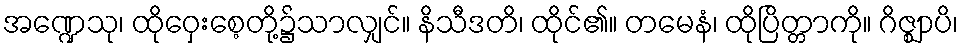
အဏ္ဍေသု၊ ထိုဝှေးစေ့တို့၌သာလျှင်။ နိသီဒတိ၊ ထိုင်၏။ တမေနံ၊ ထိုပြိတ္တာကို။ ဂိဇ္ဈာပိ၊